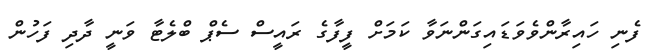
ފެނި ހައިރާންވެވަޑައިގަންނަވާ ކަމަށް ފީފާގެ ރައީސް ސެޕް ބްލެޓާ ވަނީ ދާދި ފަހުން